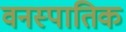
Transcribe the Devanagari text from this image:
वनस्पातिक